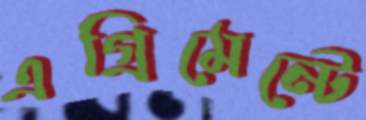
এগ্রিমেন্টে